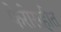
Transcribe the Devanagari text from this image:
फेरीसहीत